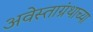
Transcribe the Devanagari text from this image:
अवेस्ताग्रंथाच्या